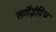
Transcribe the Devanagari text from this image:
सर्गेईविच